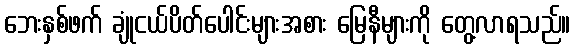
ဘေးနှစ်ဖက် ချုံငယ်ပိတ်ပေါင်းများအစား မြေနီများကို တွေ့လာရသည်။